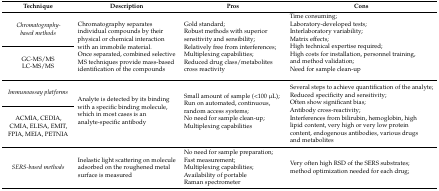
<table><thead><tr><td><b>Technique</b></td><td><b>Description</b></td><td><b>Pros</b></td><td><b>Cons</b></td></tr></thead><tbody><tr><td><i>Chromatography-based methods</i></td><td rowspan="2">Chromatography separates individual compounds by their physical or chemical interaction with an immobile material. Once separated, combined selective MS techniques provide mass-based identification of the compounds</td><td rowspan="2">Gold standard; Robust methods with superior sensitivity and sensibility; Relatively free from interferences; Multiplexing capabilities; Reduced drug class/metabolites cross reactivity</td><td rowspan="2">Time consuming; Laboratory-developed tests; Interlaboratory variability; Matrix effects; High technical expertise required; High costs for installation, personnel training, and method validation; Need for sample clean-up</td></tr><tr><td>GC-MS/MS LC-MS/MS</td></tr><tr><td><i>Immunoassay platforms</i></td><td rowspan="2">Analyte is detected by its binding with a specific binding molecule, which in most cases is an analyte-specific antibody</td><td rowspan="2">Small amount of sample (&lt;100 μL); Run on automated, continuous, random access systems; No need for sample clean-up; Multiplexing capabilities</td><td rowspan="2">Several steps to achieve quantification of the analyte; Reduced specificity and sensitivity; Often show significant bias; Antibody cross-reactivity; Interferences from bilirubin, hemoglobin, high lipid content, very high or very low protein content, endogenous antibodies, various drugs and metabolites</td></tr><tr><td>ACMIA, CEDIA, CMIA, ELISA, EMIT, FPIA, MEIA, PETNIA</td></tr><tr><td><i>SERS-based methods</i></td><td>Inelastic light scattering on molecule adsorbed on the roughened metal surface is measured</td><td>No need for sample preparation; Fast measurement; Multiplexing capabilities; Availability of portable Raman spectrometer</td><td>Very often high RSD of the SERS substrates; method optimization needed for each drug;</td></tr></tbody></table>